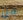
من